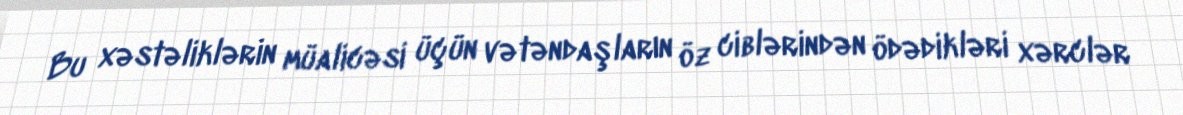
Bu xəstəliklərin müalicəsi üçün vətəndaşların öz ciblərindən ödədikləri xərclər